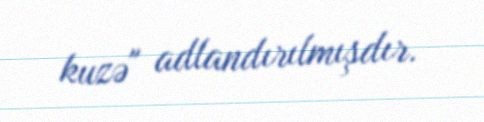
kuzə" adlandırılmışdır.